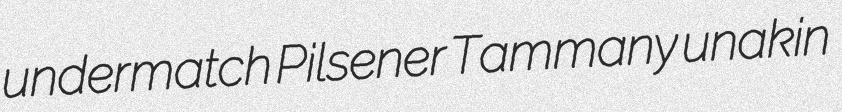
undermatch Pilsener Tammany unakin